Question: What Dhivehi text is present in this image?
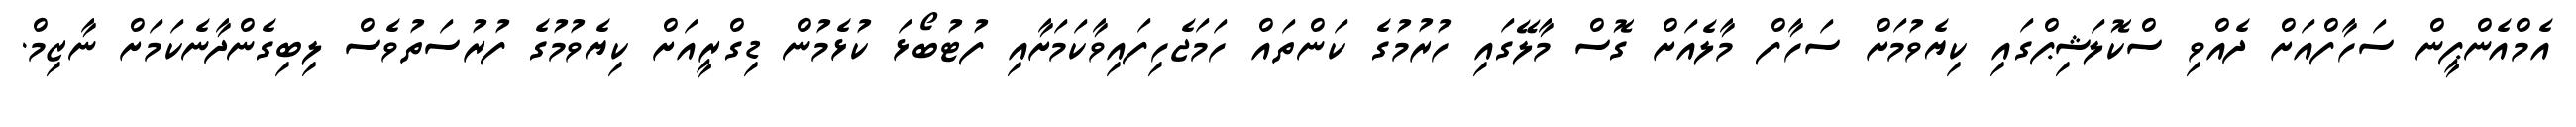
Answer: އެމްއެންޕީން ސަހާފްއަށް ދެއްވި ސްކޮލަޝިޕްގައި ކިޔެވުމަށް ސަހާފް މާލެއަށް ގޮސް މާލޭގައި ހުރުމުގެ ކަންތައް ހަމަޖެހިފައިވާކަމަށާއި ފުޓުބޯޅަ ކުޅެމުން ޑިގްރީއަށް ކިޔެވުމުގެ ފުރުސަތުވެސް ލިބިގެންދާނެކަމަށް ނާޒިމް.